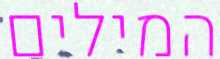
המילים